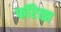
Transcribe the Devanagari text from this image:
फॉरेत्झ